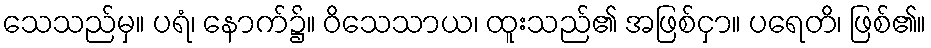
သေသည်မှ။ ပရံ၊ နောက်၌။ ဝိသေသာယ၊ ထူးသည်၏ အဖြစ်ငှာ။ ပရေတိ၊ ဖြစ်၏။